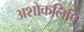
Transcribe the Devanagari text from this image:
अशोकलिपि